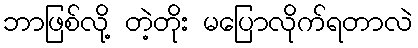
ဘာဖြစ်လို့ တဲ့တိုး မပြောလိုက်ရတာလဲ